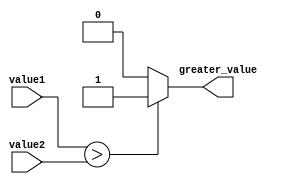
module magnitude_comparator (
    input wire [7:0] value1,
    input wire [7:0] value2,
    output reg greater_value
);

always @* begin
    if (value1 > value2) begin
        greater_value = 1;
    end else begin
        greater_value = 0;
    end
end

endmodule